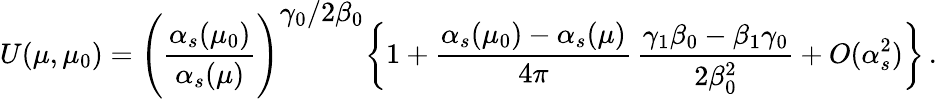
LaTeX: U(\mu,\mu_{0})=\Bigg({\frac{\alpha_{s}(\mu_{0})}{\alpha_{s}(\mu)}}\Bigg)^{\displaystyle{\gamma_{0}/2\beta_{0}}}\bigg\{ 1+{\frac{\alpha_{s}(\mu_{0})-\alpha_{s}(\mu)}{4\pi}}\, {\frac{\gamma_{1}\beta_{0}-\beta_{1}\gamma_{0}}{2\beta_{0}^{2}}}+O(\alpha_{s}^{2})\bigg\} \, .